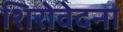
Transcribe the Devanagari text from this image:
शिरोवेदना